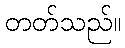
တတ်သည်။